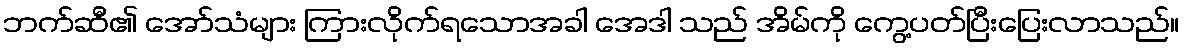
ဘက်ဆီ၏ အော်သံများ ကြားလိုက်ရသောအခါ အေဒါ သည် အိမ်ကို ကွေ့ပတ်ပြီးပြေးလာသည်။